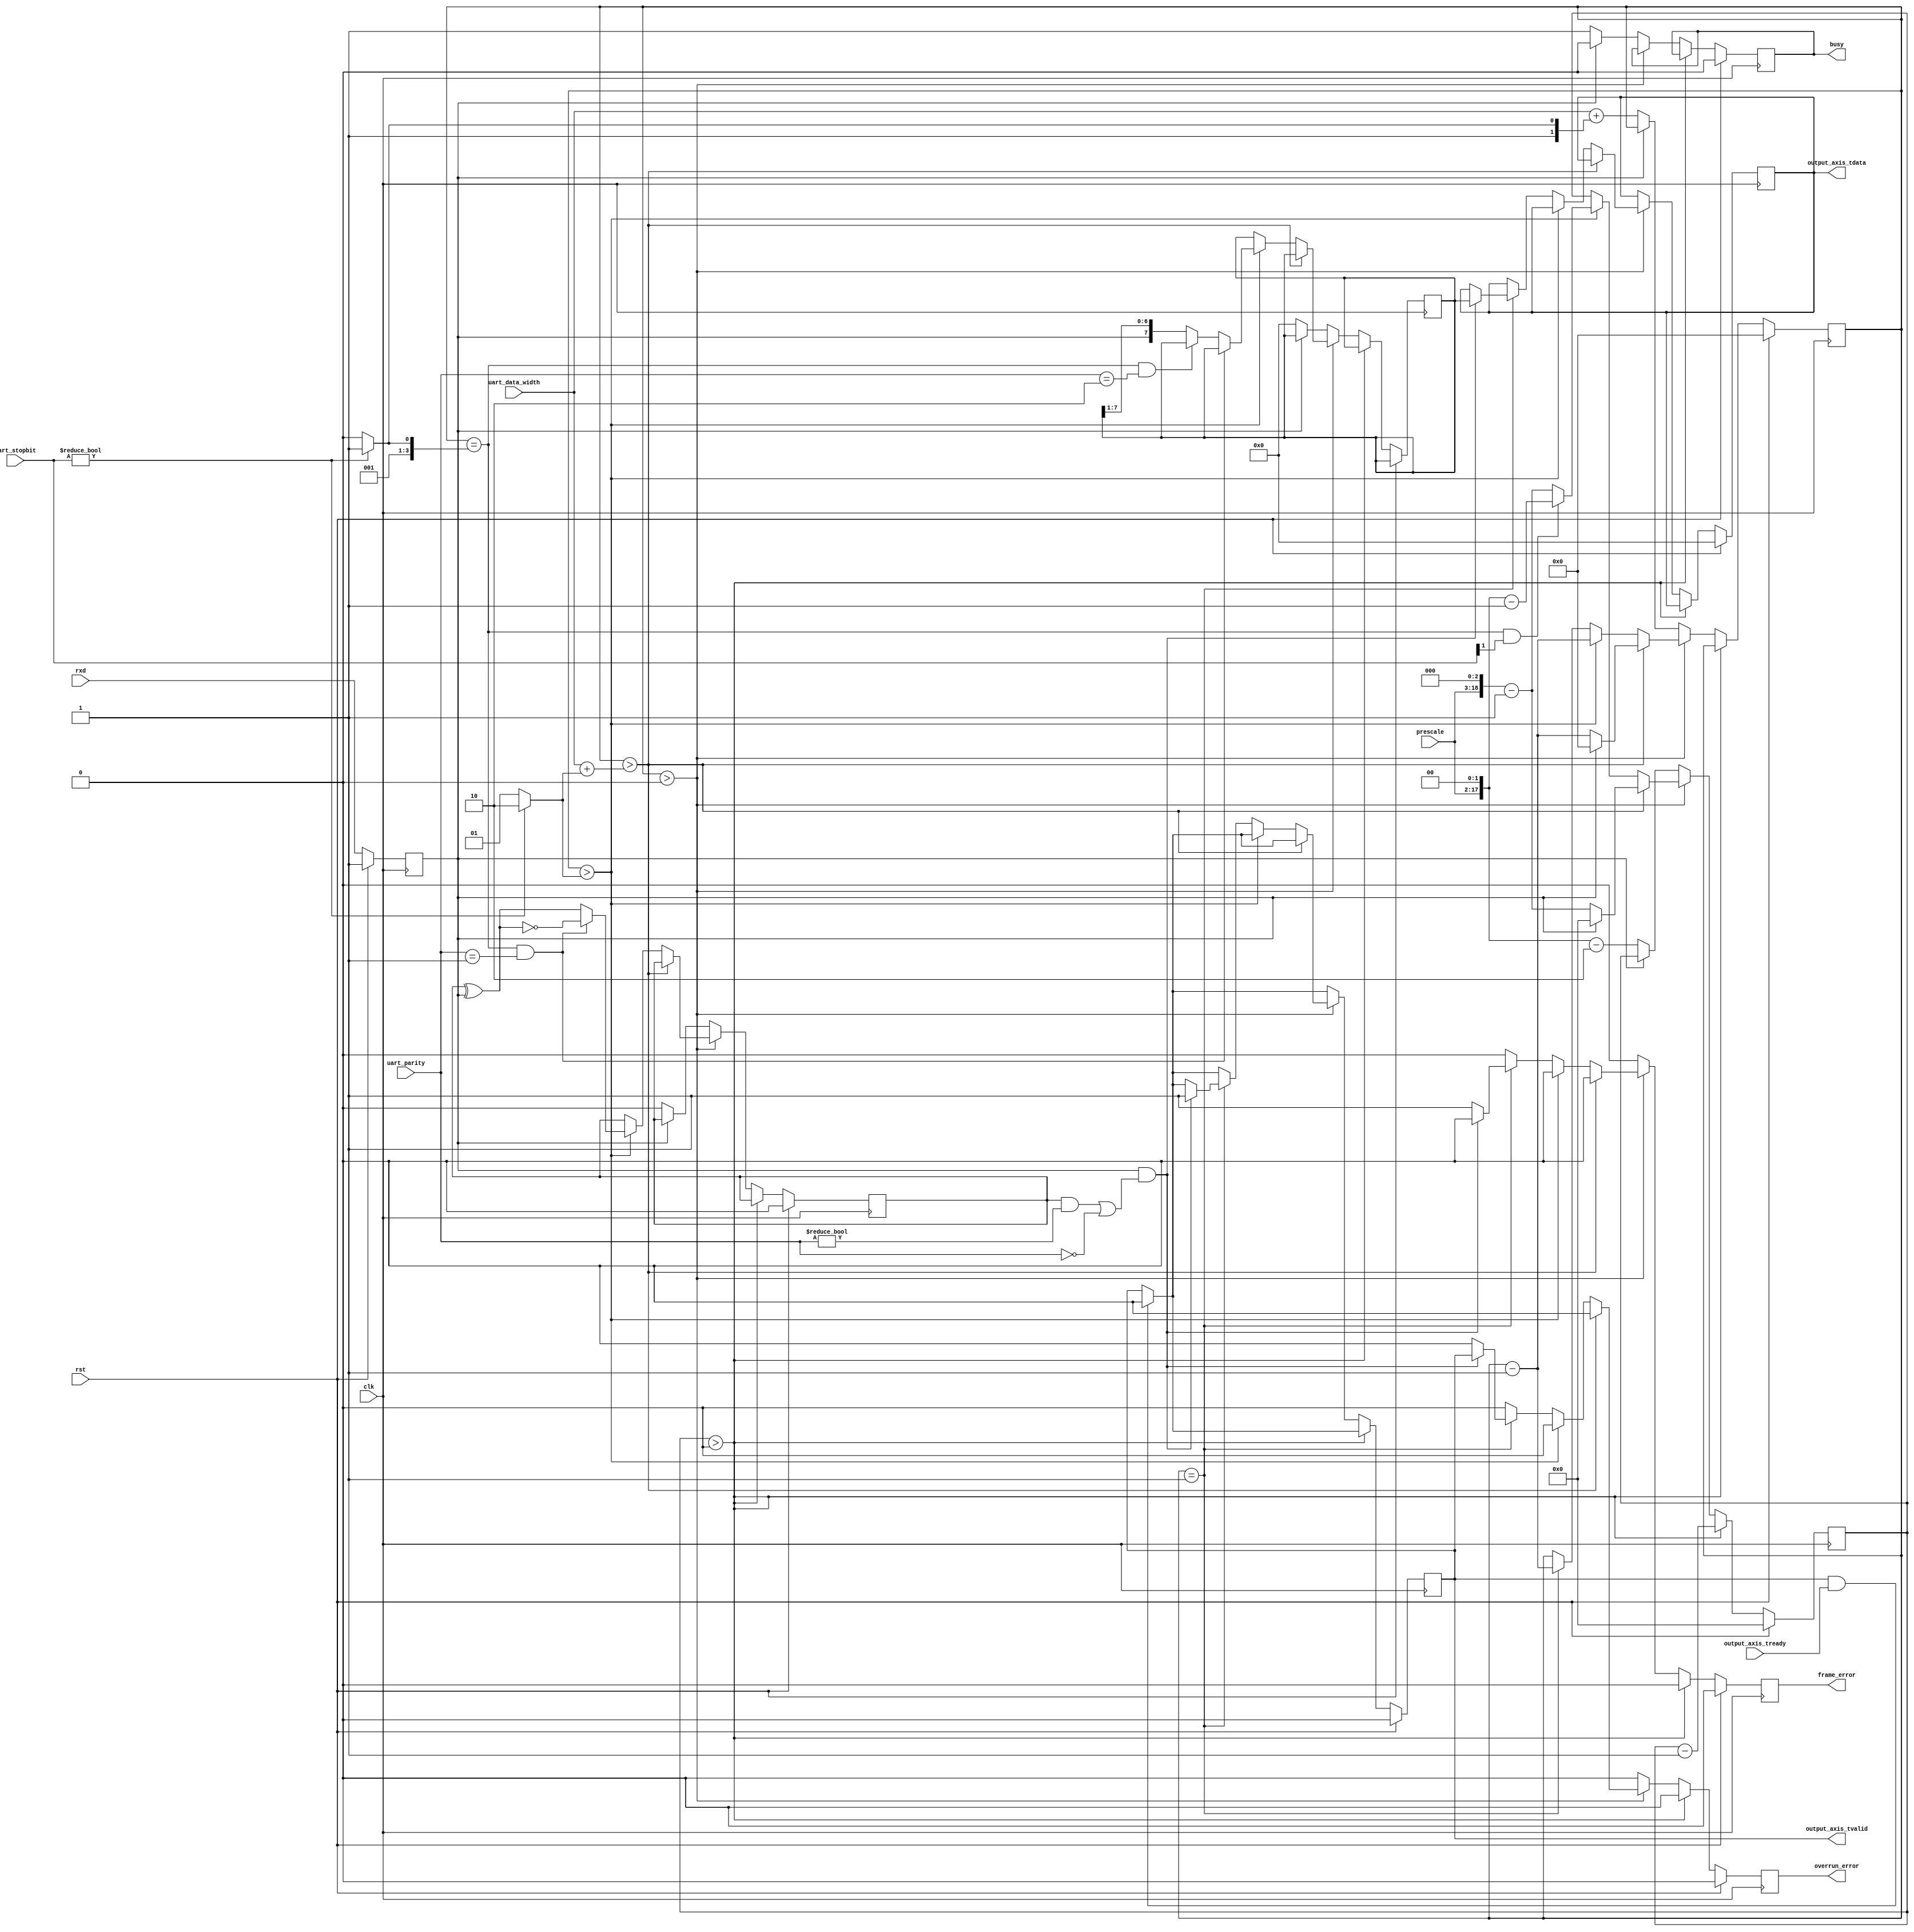
module uart_rx #
(
    parameter DATA_WIDTH = 8
)
(
    input  wire                   clk,
    input  wire                   rst,

    /*
     * AXI output
     */
    output wire [DATA_WIDTH-1:0]  output_axis_tdata,
    output wire                   output_axis_tvalid,
    input  wire                   output_axis_tready,

    /*
     * UART interface
     */
    input  wire                   rxd,

    /*
     * Status
     */
    output wire                   busy,
    output wire                   overrun_error,
    output wire                   frame_error,

    /*
     * Configuration
     */
    input  wire [3:0]            uart_data_width,
    input  wire [1:0]            uart_parity,
	input  wire [1:0]            uart_stopbit,
    input  wire [15:0]            prescale

);

reg [DATA_WIDTH-1:0] output_axis_tdata_reg = 0;
reg output_axis_tvalid_reg = 0;

reg rxd_reg = 1;

reg busy_reg = 0;
reg overrun_error_reg = 0;
reg frame_error_reg = 0;

reg [DATA_WIDTH-1:0] data_reg = 0;
reg [18:0] prescale_reg = 0;
reg [3:0] bit_cnt = 0;
reg parity;

assign output_axis_tdata = output_axis_tdata_reg;
assign output_axis_tvalid = output_axis_tvalid_reg;

assign busy = busy_reg;
assign overrun_error = overrun_error_reg;
assign frame_error = frame_error_reg;

always @(posedge clk) begin
    if (rst) begin
        output_axis_tdata_reg <= 0;
        output_axis_tvalid_reg <= 0;
        rxd_reg <= 1;
        prescale_reg <= 0;
        bit_cnt <= 0;
        busy_reg <= 0;
        overrun_error_reg <= 0;
        frame_error_reg <= 0;
		parity <= 1'b0;
    end else begin
        rxd_reg <= rxd;
        overrun_error_reg <= 0;
        frame_error_reg <= 0;

        if (output_axis_tvalid & output_axis_tready) begin
            output_axis_tvalid_reg <= 0;
        end

        if (prescale_reg > 0) begin
            prescale_reg <= prescale_reg - 1;
        end else if (bit_cnt > 0) begin
            if (bit_cnt > uart_data_width+(uart_stopbit?2:1)) begin
                if (~rxd_reg) begin
                    bit_cnt <= bit_cnt - 1;
                    prescale_reg <= (prescale << 3)-1;
                end else begin
                    bit_cnt <= 0;
                    prescale_reg <= 0;
                end
            end else if (bit_cnt > (uart_stopbit?2:1)) begin
				bit_cnt <= bit_cnt - 1;
				if (bit_cnt == (uart_stopbit?3:2) && uart_stopbit[1] == 1'b1) prescale_reg <= (prescale << 2)-1;
				else prescale_reg <= (prescale << 3)-1;
				if (bit_cnt == (uart_stopbit?3:2) && uart_parity == 2'b01) begin
					parity <= ~(parity ^ rxd_reg);	// ODD
				end else if (bit_cnt == (uart_stopbit?3:2) && uart_parity == 2'b10) begin
					parity <= parity ^ rxd_reg;		// EVEN
				end else begin
					parity <= parity ^ rxd_reg;
					data_reg <= {rxd_reg, data_reg[DATA_WIDTH-1:1]};
				end
            end else if (bit_cnt == 1) begin
                bit_cnt <= bit_cnt - 1;
                if (rxd_reg == 1'b1 && ((parity == 1'b1 && uart_parity != 2'b00) || uart_parity == 2'b00)) begin
                    output_axis_tdata_reg <= data_reg;
                    output_axis_tvalid_reg <= 1;
                    overrun_error_reg <= output_axis_tvalid_reg;
                end else begin
                    frame_error_reg <= 1;
                end
            end
        end else begin
            busy_reg <= 0;
            if (~rxd_reg) begin
                prescale_reg <= (prescale << 2)-2;
                bit_cnt <= uart_data_width+(uart_stopbit?3:2);
                data_reg <= 0;
                busy_reg <= 1;
				parity <= 1'b0;
            end
        end
    end
end

endmodule